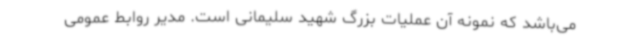
می‌باشد که نمونه آن عملیات بزرگ شهید سلیمانی است. مدیر روابط عمومی